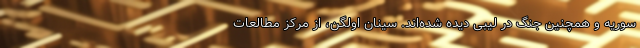
سوریه و همچنین جنگ در لیبی دیده شده‌اند. سینان اولگن، از مرکز مطالعات